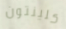
كلينتون